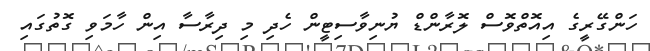
ހަންގޭރީގެ އިއޮތްވޮސް ލޮރާންޑް ޔުނިވާސިޓީން ހެދި މި ދިރާސާ އިން ހާމަވި ގޮތުގައި